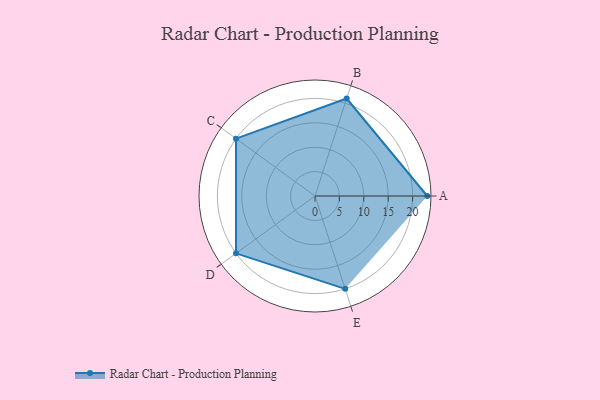
{"axis": {"x": "Skill", "y": "Score"}, "legend": ["Profile"], "data": [{"x": "A", "y": 23.0, "type": "Profile"}, {"x": "B", "y": 21.0, "type": "Profile"}, {"x": "C", "y": 20, "type": "Profile"}, {"x": "D", "y": 20, "type": "Profile"}, {"x": "E", "y": 20, "type": "Profile"}]}